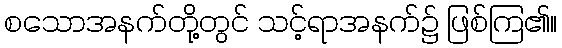
စသောအနက်တို့တွင် သင့်ရာအနက်၌ ဖြစ်ကြ၏။